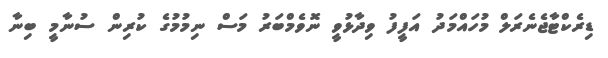
ޑިރެކްޓާޖެނެރަލް މުހައްމަދު އަފީފު ވިދާޅުވީ ނޮވެމްބަރު މަސް ނިމުމުގެ ކުރިން ސުނާމީ ބިނާ